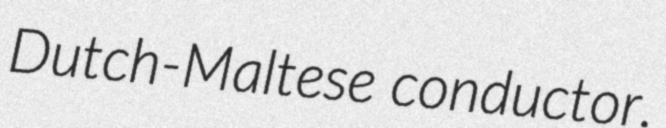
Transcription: Dutch-Maltese conductor.